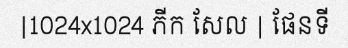
|1024x1024 ភីក សែល | ផែនទី